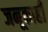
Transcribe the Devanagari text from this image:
जनूकाही